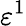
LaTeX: \varepsilon^{1}